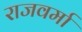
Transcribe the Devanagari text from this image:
राजवर्मा